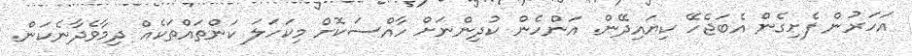
އަހަރުން ފެށިގެން އެބަޖެހޭ ކިޔައިދޭން. އަންހެން ކުދިންނަށް ހާއްސަކޮށް މިކަހަލަ ކަންތައްތަކެއް ދިމާވެދާނެކަން.